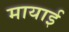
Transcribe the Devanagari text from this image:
मायाई